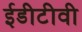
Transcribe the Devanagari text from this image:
ईडीटीवी